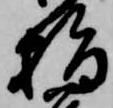
指